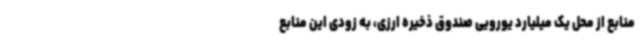
منابع از محل یک میلیارد یورویی صندوق ذخیره ارزی، به زودی این منابع